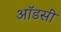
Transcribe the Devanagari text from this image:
ऑडसी